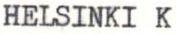
HELSINKI K